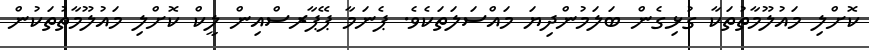
ކޮށްލި މައުލޫމާތުތަކާ ގުޅިގެން ބަލަމުންދިޔަ މައްސަލަތަކެވެ. ޕެނަމާ ޕޭޕާރސްއިން ލީކް ކޮށްލި މައުލޫމާތުތަކުން